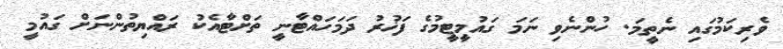
ވެރިކަމުގައި ނެތީމަ. ހުންނެވި ނަމަ ގައުމީޓީމުގެ ފަޚުރު ދަމަހައްޓާނީ ތަށްޓާއެކު ރައްޔިތުންނަށް ގައުމީ